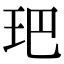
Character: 鿱